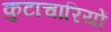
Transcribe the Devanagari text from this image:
कुटाचारियों